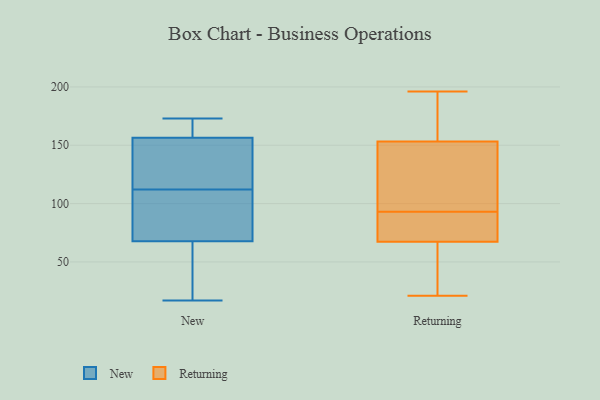
{"axis": {"x": "Budget (USD K)", "y": "Value"}, "legend": ["New", "Returning"], "data": [{"x": "", "y": 24, "type": "New"}, {"x": "", "y": 170, "type": "New"}, {"x": "", "y": 52, "type": "New"}, {"x": "", "y": 105, "type": "New"}, {"x": "", "y": 112, "type": "New"}, {"x": "", "y": 173, "type": "New"}, {"x": "", "y": 122, "type": "New"}, {"x": "", "y": 152, "type": "New"}, {"x": "", "y": 17, "type": "New"}, {"x": "", "y": 173, "type": "New"}, {"x": "", "y": 85, "type": "New"}, {"x": "", "y": 143, "type": "New"}, {"x": "", "y": 73, "type": "New"}, {"x": "", "y": 119, "type": "Returning"}, {"x": "", "y": 139, "type": "Returning"}, {"x": "", "y": 28, "type": "Returning"}, {"x": "", "y": 111, "type": "Returning"}, {"x": "", "y": 145, "type": "Returning"}, {"x": "", "y": 46, "type": "Returning"}, {"x": "", "y": 165, "type": "Returning"}, {"x": "", "y": 79, "type": "Returning"}, {"x": "", "y": 65, "type": "Returning"}, {"x": "", "y": 93, "type": "Returning"}, {"x": "", "y": 183, "type": "Returning"}, {"x": "", "y": 21, "type": "Returning"}, {"x": "", "y": 196, "type": "Returning"}, {"x": "", "y": 156, "type": "Returning"}, {"x": "", "y": 52, "type": "Returning"}, {"x": "", "y": 74, "type": "Returning"}, {"x": "", "y": 74, "type": "Returning"}, {"x": "", "y": 196, "type": "Returning"}, {"x": "", "y": 80, "type": "Returning"}]}